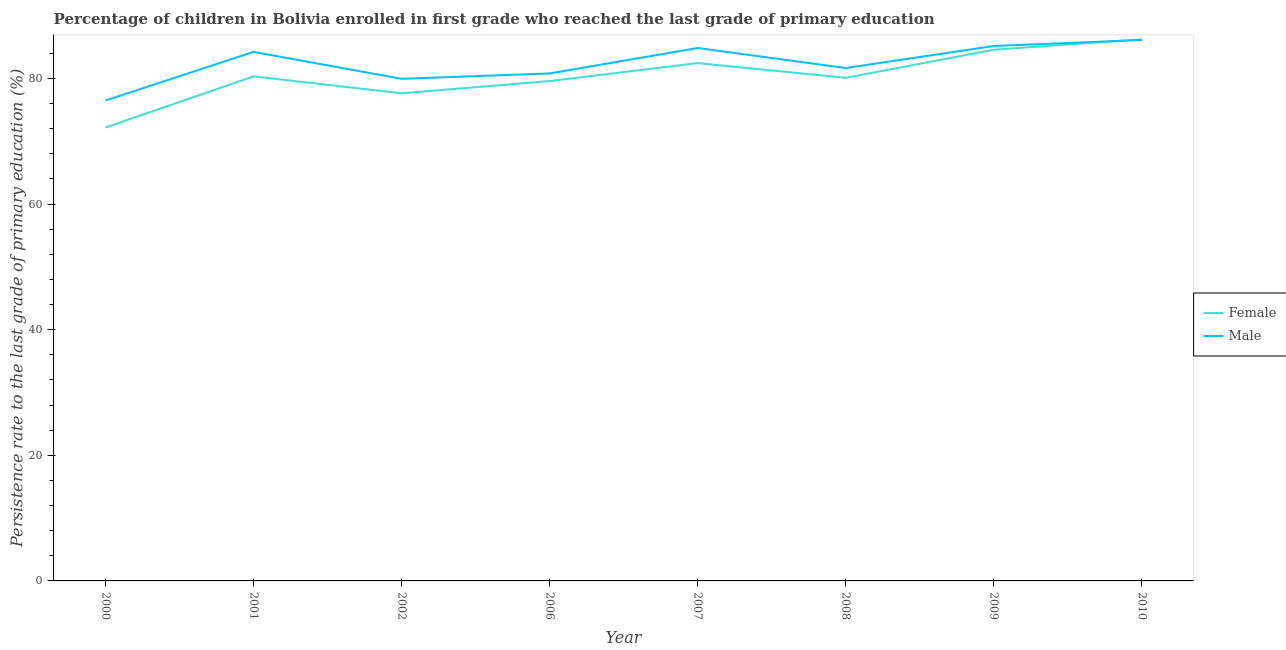
| Year | Female | Male |
 | --- | --- | --- |
 | 2000 | 72.2 | 76.5 |
 | 2001 | 80.3 | 84.2 |
 | 2002 | 77.6 | 79.9 |
 | 2006 | 79.6 | 80.8 |
 | 2007 | 82.4 | 84.9 |
 | 2008 | 80.1 | 81.7 |
 | 2009 | 84.6 | 85.2 |
 | 2010 | 86.2 | 86.1 |